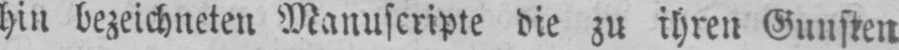
hin bezeichneten Manuscripte die zu ihren Gunsten